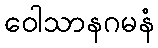
ဝေါသာနဂမနံ